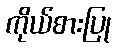
ကိုယ်စားပြု